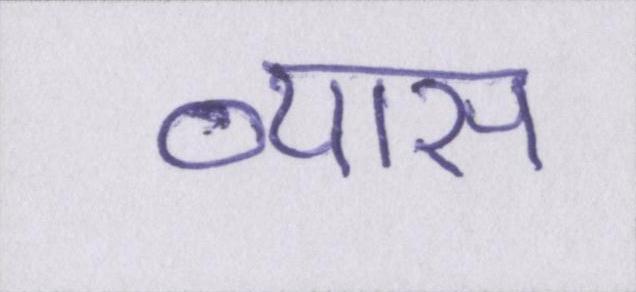
व्यास